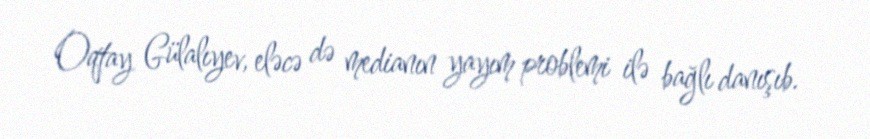
Oqtay Gülalıyev, eləcə də medianın yayım problemi ilə bağlı danışıb.